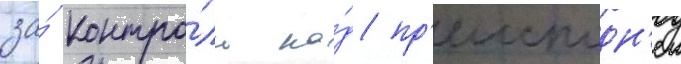
за́ контро́ль на́д пр'еисподн'еи